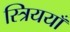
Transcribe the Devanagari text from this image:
स्त्रिययाँ